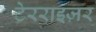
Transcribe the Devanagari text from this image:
टेरराइज़र